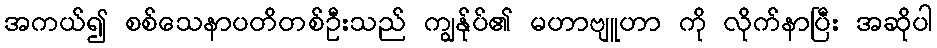
အကယ်၍ စစ်သေနာပတိတစ်ဦးသည် ကျွန်ုပ်၏ မဟာဗျူဟာ ကို လိုက်နာပြီး အဆိုပါ